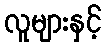
လူများနှင့်